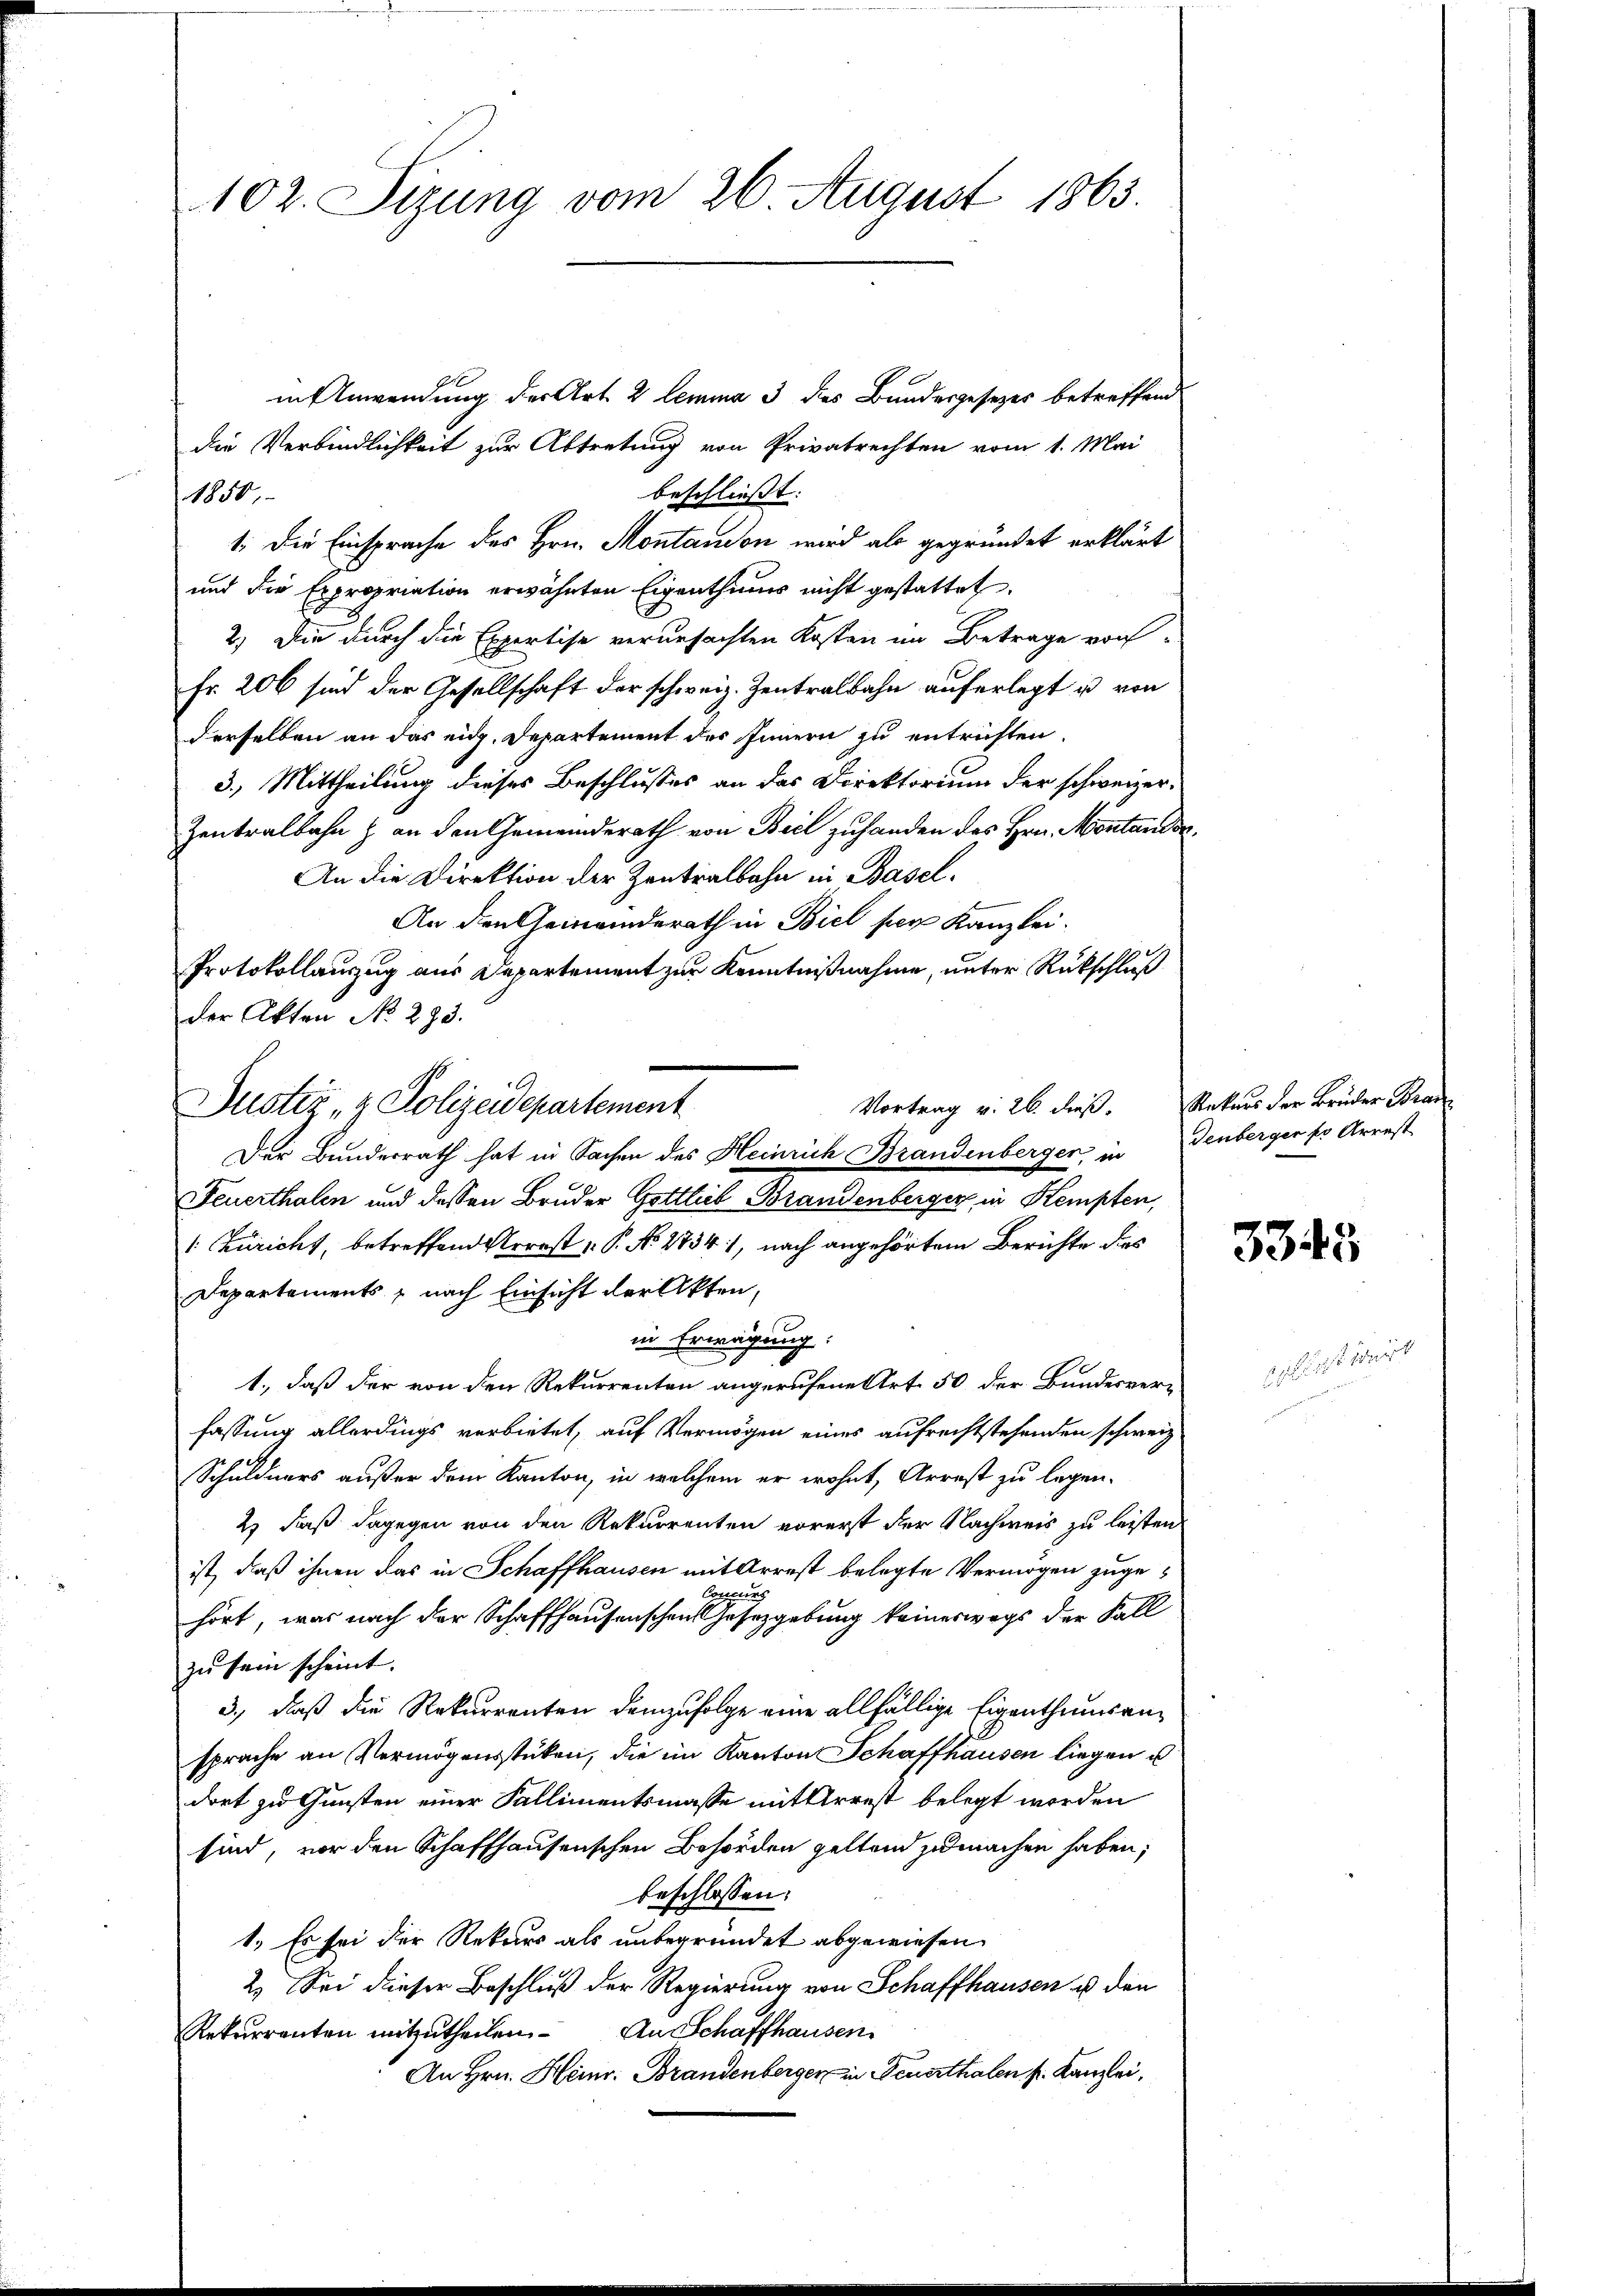
102. Sizung vom 26. August 1863.

in Anwendung der Art. 2 lemma 3 des Bundesgesetzes betreffend
die Verbindlichkeit zur Abtretung von Privatrechten vom 1. Mai
beschließt:
1850.
1. Die Einsprache des Hrn. Montandon wird als gegründet erklärt
und die Expropriation erwähnten Eigenthums nicht gestattet.
2.) Die durch die Expertise verursachten Kosten im Betrage von
Fr. 206 sind der Gesellschaft der schweiz. Zentralbahn auferlegt u von
derselben an das eid. Departement des Innern zu entrichten
3.) Mittheilung dieses Beschlusses an das Direktorium der schweizer¬
Zentralbahn & an den Gemeinderath von Beil zuhanden des Hrn. Montander
An die Direktion der Zentralbahn in Basel¬
An den Gemeinderath in Biel per Kanzlei.
Feuerthalen und dessen Bruder Gottlieb Brandenberger in Kempten,
1 Züricht, betreffend Arrest P. No. 28341, nach angehörtem Berichte dies
Departements, nach Einsicht der Akten,
in Erwägung:
1., daß der von den Rekurrenten angerufene Art. 50 der Bundesverfassung allerdings verbietet, auf Vermögen eines aufrechtstehenden schweiz
Schuldners außer dem Kanton, in welchem er wohnt, Arrest zu legen.
2) daß dagegen von den Rekurrenten vorerst der Nachweis zu leisten
ist, daß ihnen das in Schaffhausen mit Arrest belegte Vermögen zuge¬
Concur
hört, was nach der Schaffhausenschen Gesetzgebung keineswegs der Fall
zu sein scheint. |
3., daß die Rekurrenten demzufolge eine allfällige Eigenthumsansprache an Vermögensstüken, die im Kanton Schaffhausen liegen u
dort zu Gunsten einer Fallimentsmasse mit Arrest belegt worden
sind, vor den Schaffhausenschen Behörden geltend zu machen haben,
beschlossen:
1.) Es sei der Rekurs als unbegründet abgewiesen
2. Sei dieser Beschluß der Regierung von Schaffhausen u den
Rekŭrrenten mitzŭtheilen. An Schaffhausen
An Hrn. Heinr. Brandenberger in Feuerthalen k. Kanzlei,

Protokollauszug aus Departement zur Kenntnißnahme, unter Rückschluß
der Akten No 293.
Justiz- & Polizeidepartement
Vortrag v. 26. dieß.
Der Bunderrath hat in Sachen des Heinrich Brandenberger, in

Rekurs der Brüder Bran
Tenberger er Arrest

3345

schlies weit